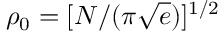
\rho _ { 0 } = [ N / ( \pi { \sqrt e } ) ] ^ { 1 / 2 }